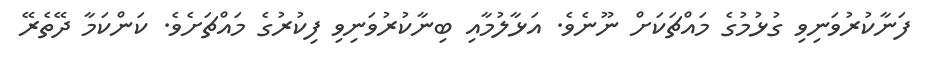
ފަނާކުރުވަނިވި ގުޅުމުގެ މައްޗަކަށް ނޫނެވެ. އަޅާލުމާއި ބިނާކުރުވަނިވި ފިކުރުގެ މައްޗަށެވެ. ކަންކަމާ ދޭތެރޭ